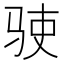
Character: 𬳺